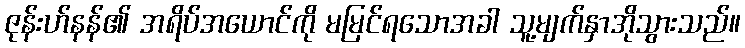
ဇုန်းဟ်နန်၏ အရိပ်အယောင်ကို မမြင်ရသောအခါ သူ့မျက်နှာအိုသွားသည်။